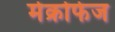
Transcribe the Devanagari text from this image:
मेक्रोफेज